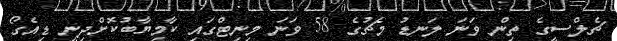
ޗެލްސީގެ ތިން ވަނަ ލަނޑު މެޗުގެ 58 ވަނަ މިނިޓްގައި ކާމިޔާބުކޮށްދިނީ ޑިއެގޯ